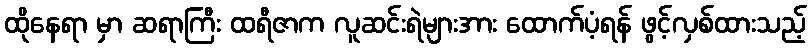
ထိုနေရာ မှာ ဆရာကြီး ထရီဇာက လူဆင်းရဲများအား ထောက်ပံ့ရန် ဖွင့်လှစ်ထားသည့်